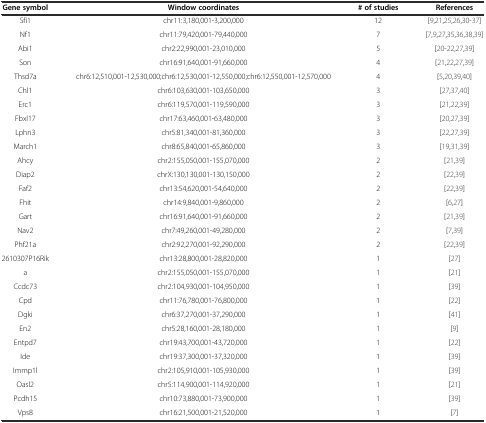
<table><thead><tr><td><b>Gene symbol</b></td><td><b>Window coordinates</b></td><td><b># of studies</b></td><td><b>References</b></td></tr></thead><tbody><tr><td>Sfi1</td><td>chr11:3,180,001-3,200,000</td><td>12</td><td>[9, 21, 25, 26, 30–37]</td></tr><tr><td>Nf1</td><td>chr11:79,420,001-79,440,000</td><td>7</td><td>[7, 9, 27, 35, 36, 38, 39]</td></tr><tr><td>Abi1</td><td>chr2:22,990,001-23,010,000</td><td>5</td><td>[20–22, 27, 39]</td></tr><tr><td>Son</td><td>chr16:91,640,001-91,660,000</td><td>4</td><td>[21, 22, 27, 39]</td></tr><tr><td>Thsd7a</td><td>chr6:12,510,001-12,530,000;chr6:12,530,001-12,550,000;chr6:12,550,001-12,570,000</td><td>4</td><td>[5, 20, 39, 40]</td></tr><tr><td>Chl1</td><td>chr6:103,630,001-103,650,000</td><td>3</td><td>[27, 37, 40]</td></tr><tr><td>Erc1</td><td>chr6:119,570,001-119,590,000</td><td>3</td><td>[21, 22, 39]</td></tr><tr><td>Fbxl17</td><td>chr17:63,460,001-63,480,000</td><td>3</td><td>[20, 27, 39]</td></tr><tr><td>Lphn3</td><td>chr5:81,340,001-81,360,000</td><td>3</td><td>[22, 27, 39]</td></tr><tr><td>March1</td><td>chr8:65,840,001-65,860,000</td><td>3</td><td>[19, 31, 39]</td></tr><tr><td>Ahcy</td><td>chr2:155,050,001-155,070,000</td><td>2</td><td>[21, 39]</td></tr><tr><td>Diap2</td><td>chrX:130,130,001-130,150,000</td><td>2</td><td>[22, 39]</td></tr><tr><td>Faf2</td><td>chr13:54,620,001-54,640,000</td><td>2</td><td>[22, 39]</td></tr><tr><td>Fhit</td><td>chr14:9,840,001-9,860,000</td><td>2</td><td>[6, 27]</td></tr><tr><td>Gart</td><td>chr16:91,640,001-91,660,000</td><td>2</td><td>[21, 39]</td></tr><tr><td>Nav2</td><td>chr7:49,260,001-49,280,000</td><td>2</td><td>[7, 39]</td></tr><tr><td>Phf21a</td><td>chr2:92,270,001-92,290,000</td><td>2</td><td>[22, 39]</td></tr><tr><td>2610307P16Rik</td><td>chr13:28,800,001-28,820,000</td><td>1</td><td>[27]</td></tr><tr><td>a</td><td>chr2:155,050,001-155,070,000</td><td>1</td><td>[21]</td></tr><tr><td>Ccdc73</td><td>chr2:104,930,001-104,950,000</td><td>1</td><td>[39]</td></tr><tr><td>Cpd</td><td>chr11:76,780,001-76,800,000</td><td>1</td><td>[22]</td></tr><tr><td>Dgki</td><td>chr6:37,270,001-37,290,000</td><td>1</td><td>[41]</td></tr><tr><td>En2</td><td>chr5:28,160,001-28,180,000</td><td>1</td><td>[9]</td></tr><tr><td>Entpd7</td><td>chr19:43,700,001-43,720,000</td><td>1</td><td>[22]</td></tr><tr><td>Ide</td><td>chr19:37,300,001-37,320,000</td><td>1</td><td>[39]</td></tr><tr><td>Immp1l</td><td>chr2:105,910,001-105,930,000</td><td>1</td><td>[39]</td></tr><tr><td>Oasl2</td><td>chr5:114,900,001-114,920,000</td><td>1</td><td>[21]</td></tr><tr><td>Pcdh15</td><td>chr10:73,880,001-73,900,000</td><td>1</td><td>[39]</td></tr><tr><td>Vps8</td><td>chr16:21,500,001-21,520,000</td><td>1</td><td>[7]</td></tr></tbody></table>